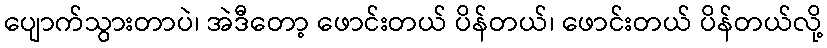
ပျောက်သွားတာပဲ၊ အဲဒီတော့ ဖောင်းတယ် ပိန်တယ်၊ ဖောင်းတယ် ပိန်တယ်လို့